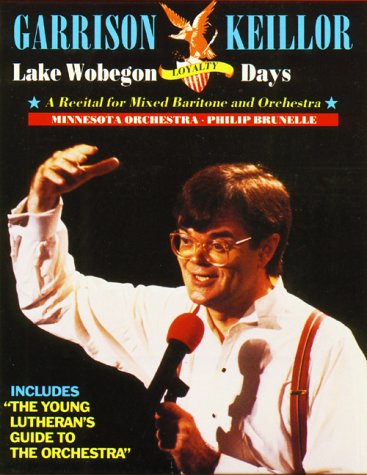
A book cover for Lake Wobegon Loyalty Days; Garrison Keillor; Humor & Entertainment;